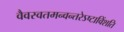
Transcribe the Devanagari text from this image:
वैवस्वतमन्वन्तरेऽष्टाविंशति